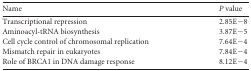
<table><thead><tr><td><b>Name</b></td><td><b><i>P</i> value</b></td></tr></thead><tbody><tr><td>Transcriptional repression</td><td>2.85E−8</td></tr><tr><td>Aminoacyl-tRNA biosynthesis</td><td>3.87E−5</td></tr><tr><td>Cell cycle control of chromosomal replication</td><td>7.64E−4</td></tr><tr><td>Mismatch repair in eukaryotes</td><td>7.84E−4</td></tr><tr><td>Role of BRCA1 in DNA damage response</td><td>8.12E−4</td></tr></tbody></table>